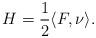
LaTeX: \begin{align*}H = \frac{1}{2}\langle F, \nu\rangle.\end{align*}